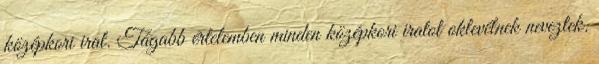
középkori irat. Tágabb értelemben minden középkori iratot oklevélnek neveztek.